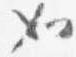
如